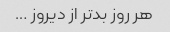
هر روز بدتر از دیروز …